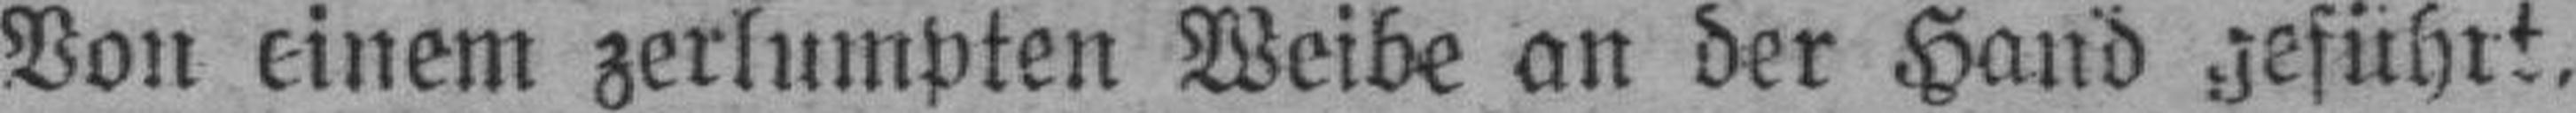
Von einem zerlumpten Weibe an der Hand geführt,